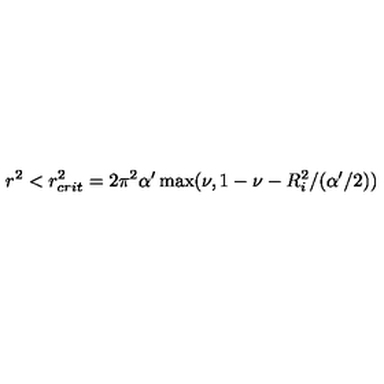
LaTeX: r ^ { 2 } < r _ { c r i t } ^ { 2 } = 2 \pi ^ { 2 } \alpha ^ { \prime } \max ( \nu , 1 - \nu - R _ { i } ^ { 2 } / ( \alpha ^ { \prime } / 2 ) )